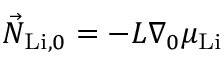
\vec { N } _ { \mathrm { L i } , 0 } = - L \nabla _ { 0 } \mu _ { \mathrm { L i } }